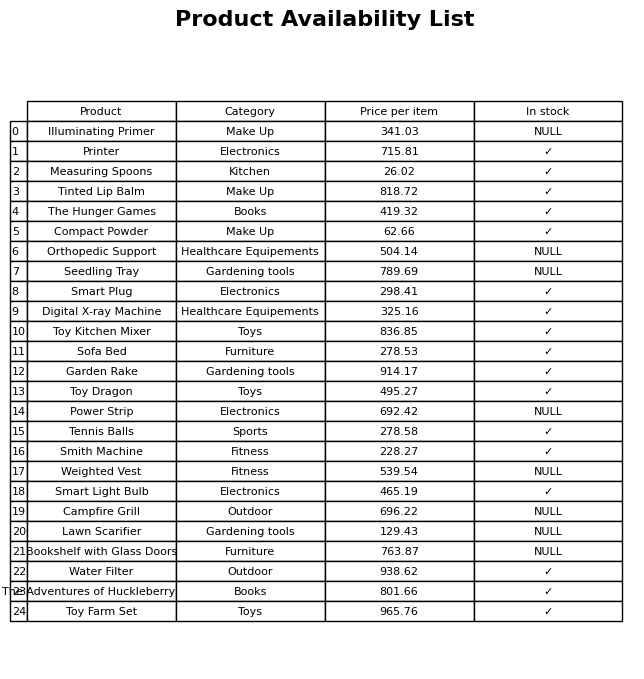
question: What is the price for Tinted Lip Balm?
answer: The price of Tinted Lip Balm is 818.72.